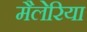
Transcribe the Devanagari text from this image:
मैलेरिया